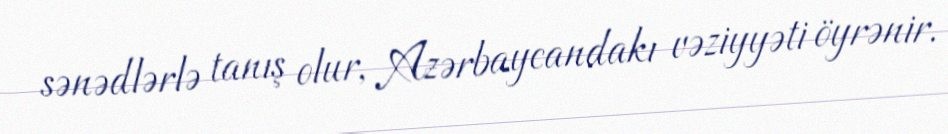
sənədlərlə tanış olur, Azərbaycandakı vəziyyəti öyrənir.